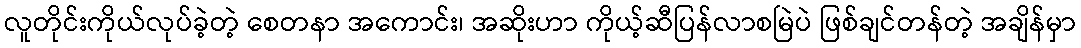
လူတိုင်းကိုယ်လုပ်ခဲ့တဲ့ စေတနာ အကောင်း၊ အဆိုးဟာ ကိုယ့်ဆီပြန်လာစမြဲပဲ ဖြစ်ချင်တန်တဲ့ အချိန်မှာ